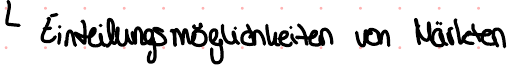
Einteilungsmöglichkeiten von Märkten